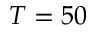
T = 5 0